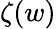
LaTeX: \zeta(w)